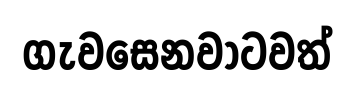
ගැවසෙනවාටවත්